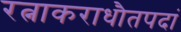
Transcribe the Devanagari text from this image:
रत्नाकराधौतपदां